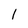
Character: 1